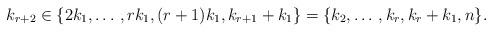
LaTeX: \begin{align*}k_{r+2} \in \{2k_1,\dotso,rk_1,(r+1)k_1,k_{r+1}+k_1\} = \{k_2,\dotso,k_r,k_r+k_1,n\}.\end{align*}